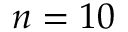
n = 1 0